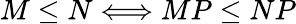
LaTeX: M\leq N\Longleftrightarrow MP\leq NP